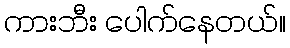
ကားဘီး ပေါက်နေတယ်။